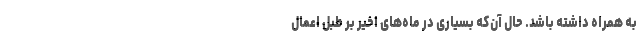
به همراه داشته باشد. حال آن‌که بسیاری در ماه‌های اخیر بر طبل اعمال